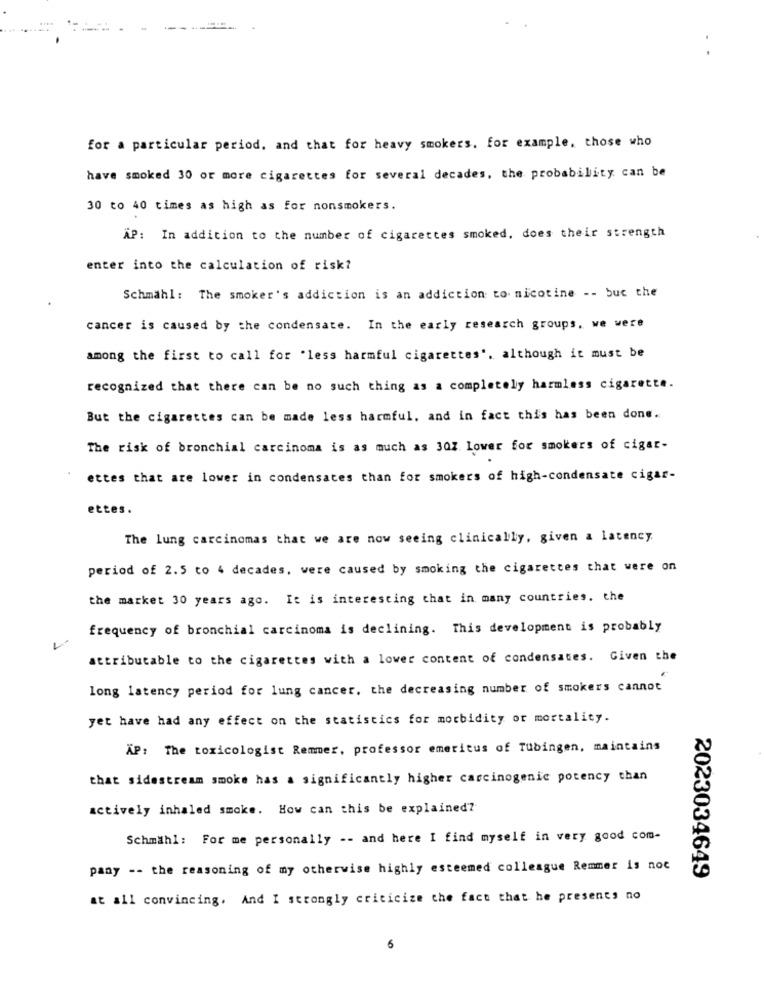
for a particular period, and that for heavy smokers. for example, those who
have smoked 30 or more cigarettes for several decades, the probability can be
30 to 40 times as high as for nonsmokers.
AP: In addition to the number of cigarettes smoked, does their strength
enter into the calculation of risk?
Schmähl: The smoker's addiction is an addiction to- nicotine -- buc the
cancer is caused by the condensate. In the early research groups, we were
among the first to call for 'less harmful cigarettes'. although it must be
recognized that there can be no such thing as a completely harmless cigarette.
But the cigarettes can be made less harmful, and in fact this has been done.
The risk of bronchial carcinoma is as much as 30Z lower for smokers of cigar-
ettes that are lower in condensates than for smokers of high-condensate cigar-
ettes.
The lung carcinomas that we are now seeing clinically, given a latency
period of 2.5 to 4 decades, were caused by smoking the cigarettes that were on
the market 30 years ago. It is interesting that in many countries. the
frequency of bronchial carcinoma is declining. This development is probably
attributable to the cigarettes with a lower content of condensates. Given the
long latency period for lung cancer. the decreasing number of smokers cannot
yet have had any effect on the statistics for morbidity or mortality.
XP: The toxicologist Remmer, professor emeritus of Tubingen, maintains
that sidestream smoke has a significantly higher carcinogenic potency than
actively inhaled smoke. How can this be explained?
Schmähl: For me personally -- and here I find myself in very good com-
pany -- the reasoning of my otherwise highly esteemed colleague Remmer is not
2023034649
at all convincing. And I strongly criticize the fact that he presents no
6